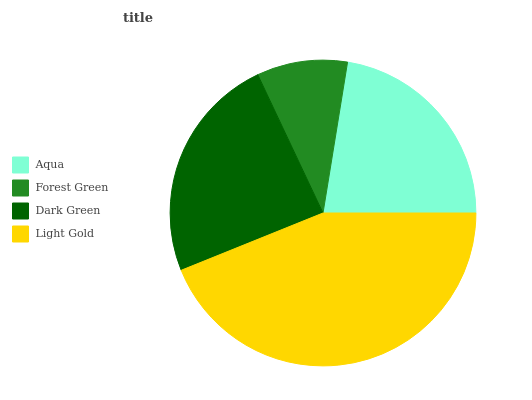
| Aqua | Forest Green | Dark Green | Light Gold |
 | --- | --- | --- | --- |
 | 22.4% | 9.58% | 24% | 43.9% |